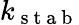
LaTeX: k_{\mathrm{~s~t~a~b~}}